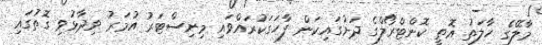
މާލޭގެ ހާލަތު އޮތީ ކޮންޓްރޯލްގެ ދަށުގައިކަން ފާހަގަކުރައްވައި މިނިސްޓަރު އުމަރު ވިދާޅުވި ގޮތުގައި